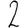
Digit: 2